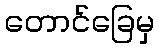
တောင်ခြေမှ